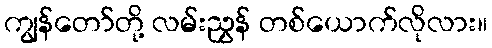
ကျွန်တော်တို့ လမ်းညွှန် တစ်ယောက်လိုလား။